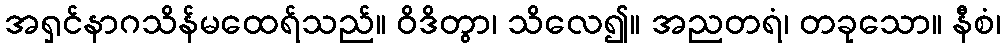
အရှင်နာဂသိန်မထေရ်သည်။ ဝိဒိတွာ၊ သိလေ၍။ အညတရံ၊ တခုသော။ နီစံ၊